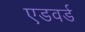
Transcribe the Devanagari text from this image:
एडवर्ड